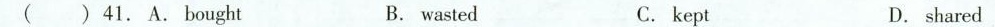
( ) 41. A.Bought B. wasted C. kept D.shared ( )